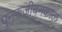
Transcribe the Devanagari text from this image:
पुनरुजीवनकाल